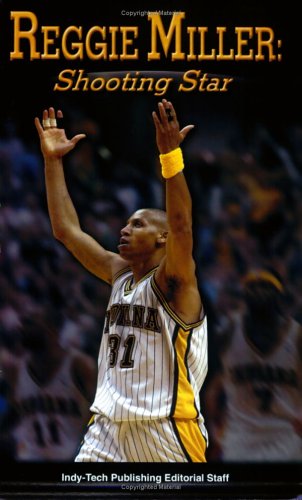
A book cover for Reggie Miller: Shooting Star; Sports & Outdoors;